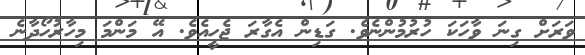
ވަރަށް ގިނަ ވާހަކަ ހުރުމުންނެވެ. ގަޑިން އެގާރަ ޖެހީއެވެ. އޭ މަންމަ މިހާރުހޯދާނެ